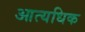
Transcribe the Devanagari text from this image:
आत्यधिक